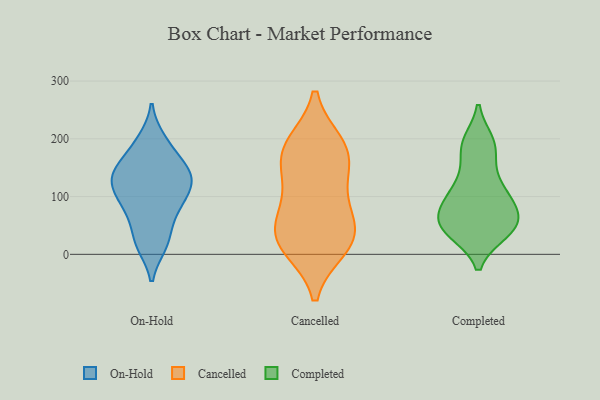
{"axis": {"x": "Page Views", "y": "Value"}, "legend": ["Cancelled", "Completed", "On-Hold"], "data": [{"x": "", "y": 133, "type": "On-Hold"}, {"x": "", "y": 96, "type": "On-Hold"}, {"x": "", "y": 102, "type": "On-Hold"}, {"x": "", "y": 82, "type": "On-Hold"}, {"x": "", "y": 135, "type": "On-Hold"}, {"x": "", "y": 146, "type": "On-Hold"}, {"x": "", "y": 198, "type": "On-Hold"}, {"x": "", "y": 22, "type": "On-Hold"}, {"x": "", "y": 57, "type": "On-Hold"}, {"x": "", "y": 106, "type": "On-Hold"}, {"x": "", "y": 16, "type": "On-Hold"}, {"x": "", "y": 173, "type": "On-Hold"}, {"x": "", "y": 194, "type": "On-Hold"}, {"x": "", "y": 148, "type": "On-Hold"}, {"x": "", "y": 136, "type": "On-Hold"}, {"x": "", "y": 143, "type": "On-Hold"}, {"x": "", "y": 118, "type": "On-Hold"}, {"x": "", "y": 18, "type": "On-Hold"}, {"x": "", "y": 71, "type": "On-Hold"}, {"x": "", "y": 13, "type": "Cancelled"}, {"x": "", "y": 39, "type": "Cancelled"}, {"x": "", "y": 35, "type": "Cancelled"}, {"x": "", "y": 173, "type": "Cancelled"}, {"x": "", "y": 183, "type": "Cancelled"}, {"x": "", "y": 44, "type": "Cancelled"}, {"x": "", "y": 114, "type": "Cancelled"}, {"x": "", "y": 94, "type": "Cancelled"}, {"x": "", "y": 189, "type": "Cancelled"}, {"x": "", "y": 165, "type": "Cancelled"}, {"x": "", "y": 17, "type": "Cancelled"}, {"x": "", "y": 187, "type": "Completed"}, {"x": "", "y": 61, "type": "Completed"}, {"x": "", "y": 39, "type": "Completed"}, {"x": "", "y": 184, "type": "Completed"}, {"x": "", "y": 95, "type": "Completed"}, {"x": "", "y": 124, "type": "Completed"}, {"x": "", "y": 80, "type": "Completed"}, {"x": "", "y": 39, "type": "Completed"}, {"x": "", "y": 105, "type": "Completed"}, {"x": "", "y": 106, "type": "Completed"}, {"x": "", "y": 145, "type": "Completed"}, {"x": "", "y": 61, "type": "Completed"}, {"x": "", "y": 50, "type": "Completed"}, {"x": "", "y": 45, "type": "Completed"}, {"x": "", "y": 192, "type": "Completed"}, {"x": "", "y": 92, "type": "Completed"}, {"x": "", "y": 44, "type": "Completed"}, {"x": "", "y": 194, "type": "Completed"}, {"x": "", "y": 70, "type": "Completed"}, {"x": "", "y": 38, "type": "Completed"}]}